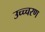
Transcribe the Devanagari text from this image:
उच्च्चरण